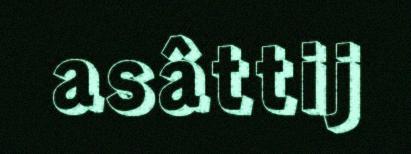
asâttij